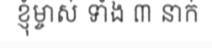
ខ្ញុំម្ចាស់ ទាំង ៣ នាក់